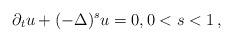
LaTeX: \begin{align*}\partial_t u + (-\Delta)^s u=0, 0<s<1\,,\end{align*}